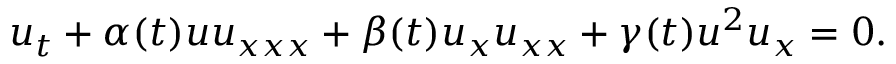
u _ { t } + \alpha ( t ) u u _ { x x x } + \beta ( t ) u _ { x } u _ { x x } + \gamma ( t ) u ^ { 2 } u _ { x } = 0 .